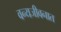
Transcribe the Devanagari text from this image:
वन्यजीवनात